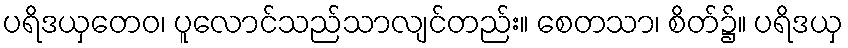
ပရိဒယှတေဝ၊ ပူလောင်သည်သာလျင်တည်း။ စေတသာ၊ စိတ်၌။ ပရိဒယှ